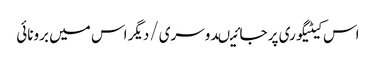
اس کیٹیگوری پر جائیںدوسری/دیگر اس میں برونائی